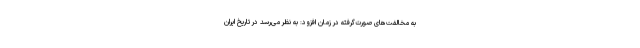
به مخالفت‌های صورت‌گرفته در زمان افزود: به نظر می‌رسد در تاریخ ایران